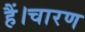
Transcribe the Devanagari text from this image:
हैं।चारण